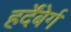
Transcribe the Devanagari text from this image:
हर्देंबेर्ग